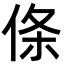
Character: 𪝉